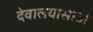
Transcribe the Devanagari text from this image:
देवालयासाठी